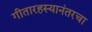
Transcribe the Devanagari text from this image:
गीतारहस्यानंतरचा